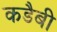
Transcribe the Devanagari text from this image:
कडैबी